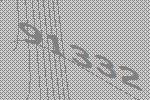
91332